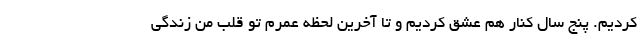
کردیم. پنج سال کنار هم عشق کردیم و تا آخرین لحظه عمرم تو قلب من زندگی